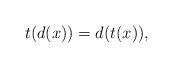
LaTeX: \begin{align*}t(d(x)) = d(t(x)),\end{align*}